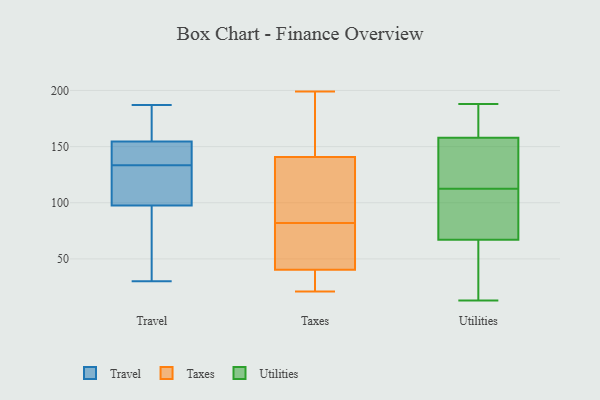
{"axis": {"x": "Market Share (%)", "y": "Value"}, "legend": ["Taxes", "Travel", "Utilities"], "data": [{"x": "", "y": 163, "type": "Travel"}, {"x": "", "y": 159, "type": "Travel"}, {"x": "", "y": 96, "type": "Travel"}, {"x": "", "y": 30, "type": "Travel"}, {"x": "", "y": 99, "type": "Travel"}, {"x": "", "y": 187, "type": "Travel"}, {"x": "", "y": 187, "type": "Travel"}, {"x": "", "y": 146, "type": "Travel"}, {"x": "", "y": 104, "type": "Travel"}, {"x": "", "y": 147, "type": "Travel"}, {"x": "", "y": 135, "type": "Travel"}, {"x": "", "y": 70, "type": "Travel"}, {"x": "", "y": 156, "type": "Travel"}, {"x": "", "y": 132, "type": "Travel"}, {"x": "", "y": 101, "type": "Travel"}, {"x": "", "y": 131, "type": "Travel"}, {"x": "", "y": 74, "type": "Travel"}, {"x": "", "y": 145, "type": "Travel"}, {"x": "", "y": 153, "type": "Travel"}, {"x": "", "y": 95, "type": "Travel"}, {"x": "", "y": 131, "type": "Taxes"}, {"x": "", "y": 164, "type": "Taxes"}, {"x": "", "y": 76, "type": "Taxes"}, {"x": "", "y": 44, "type": "Taxes"}, {"x": "", "y": 82, "type": "Taxes"}, {"x": "", "y": 133, "type": "Taxes"}, {"x": "", "y": 23, "type": "Taxes"}, {"x": "", "y": 199, "type": "Taxes"}, {"x": "", "y": 51, "type": "Taxes"}, {"x": "", "y": 131, "type": "Taxes"}, {"x": "", "y": 29, "type": "Taxes"}, {"x": "", "y": 21, "type": "Taxes"}, {"x": "", "y": 196, "type": "Taxes"}, {"x": "", "y": 158, "type": "Utilities"}, {"x": "", "y": 111, "type": "Utilities"}, {"x": "", "y": 56, "type": "Utilities"}, {"x": "", "y": 114, "type": "Utilities"}, {"x": "", "y": 13, "type": "Utilities"}, {"x": "", "y": 188, "type": "Utilities"}, {"x": "", "y": 104, "type": "Utilities"}, {"x": "", "y": 72, "type": "Utilities"}, {"x": "", "y": 50, "type": "Utilities"}, {"x": "", "y": 114, "type": "Utilities"}, {"x": "", "y": 164, "type": "Utilities"}, {"x": "", "y": 15, "type": "Utilities"}, {"x": "", "y": 138, "type": "Utilities"}, {"x": "", "y": 181, "type": "Utilities"}, {"x": "", "y": 153, "type": "Utilities"}, {"x": "", "y": 187, "type": "Utilities"}, {"x": "", "y": 67, "type": "Utilities"}, {"x": "", "y": 92, "type": "Utilities"}]}